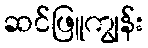
ဆင်ဖြူကျွန်း